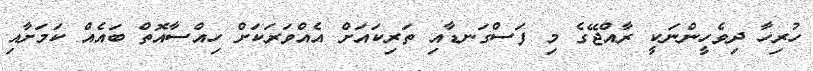
ހުރިހާ ދިވެހީންނަކީ ރާއްޖޭގެ މި ފަސްގަނޑާއި ތަރިކައަށް އެއްވަރަކަށް ހިއްސާއޮތް ބައެއް ކަމަށާއި